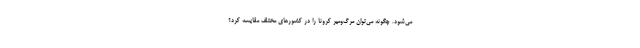
می‌شود. چگونه می‌توان مرگ‌ومیر کرونا را در کشورهای مختلف مقایسه کرد؟